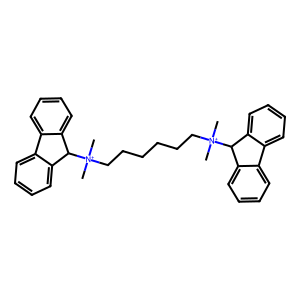
SMILES: C[N+](C)(CCCCCC[N+](C)(C)C1c2ccccc2-c2ccccc21)C1c2ccccc2-c2ccccc21
Inhibits HIV replication: No